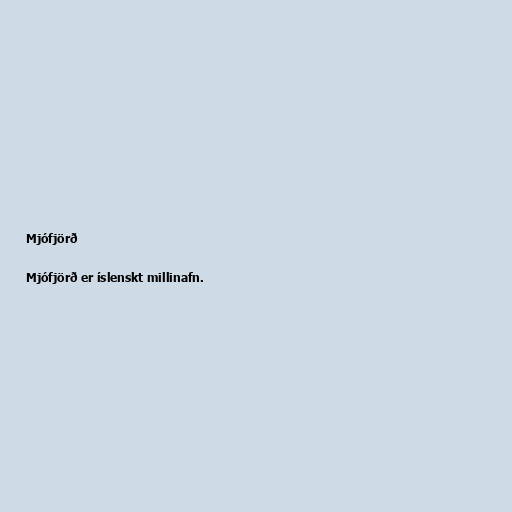
Mjófjörð

Mjófjörð er íslenskt millinafn.